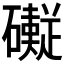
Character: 𱵂